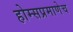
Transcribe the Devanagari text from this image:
होम्सप्रमाणेच